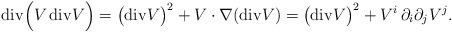
LaTeX: \begin{align*} \mathrm{div}\Big(V\, \mathrm{div} V \Big)=\big( \mathrm{div}V \big)^2+V\cdot\nabla ( \mathrm{div} V) = \big(\mathrm{div}V \big)^2+V^i\,\partial_i\partial_j V^j.\end{align*}